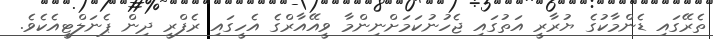
ތެރޭގައި ޑެންމާކުގެ ޔުރާރީ އަތުގައި ޖެހުނުކަމަށްނިންމާ ވީއޭއާރްގެ އެހީގައި ރެފްރީ ދިން ޕެނަލްޓީއެކެވެ.